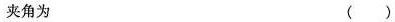
夹角为 ( )